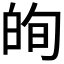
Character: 𭽕